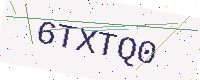
Text: 6TXTQ0